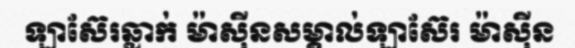
ឡាស៊ែរឆ្លាក់ ម៉ាស៊ីនសម្គាល់ឡាស៊ែរ ម៉ាស៊ីន